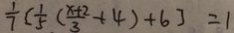
\frac { 1 } { 7 } ( ( \frac { 1 } { 5 } ( \frac { x + 2 } { 3 } + 4 ) + 6 ] = 1